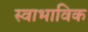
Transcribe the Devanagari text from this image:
स्‍वाभाविक